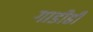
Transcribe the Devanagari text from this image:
गाडीही